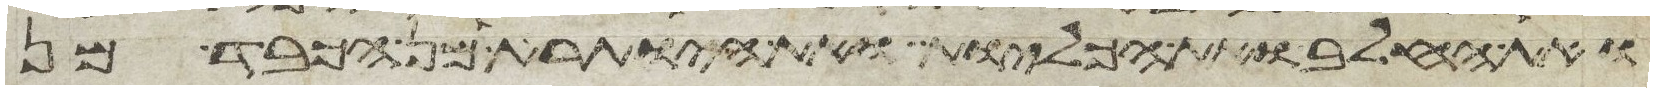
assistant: ואת החלב ואת הכליות ואת היותרת מן הכבד מן